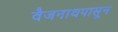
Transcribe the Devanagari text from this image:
वैजनाथपासून